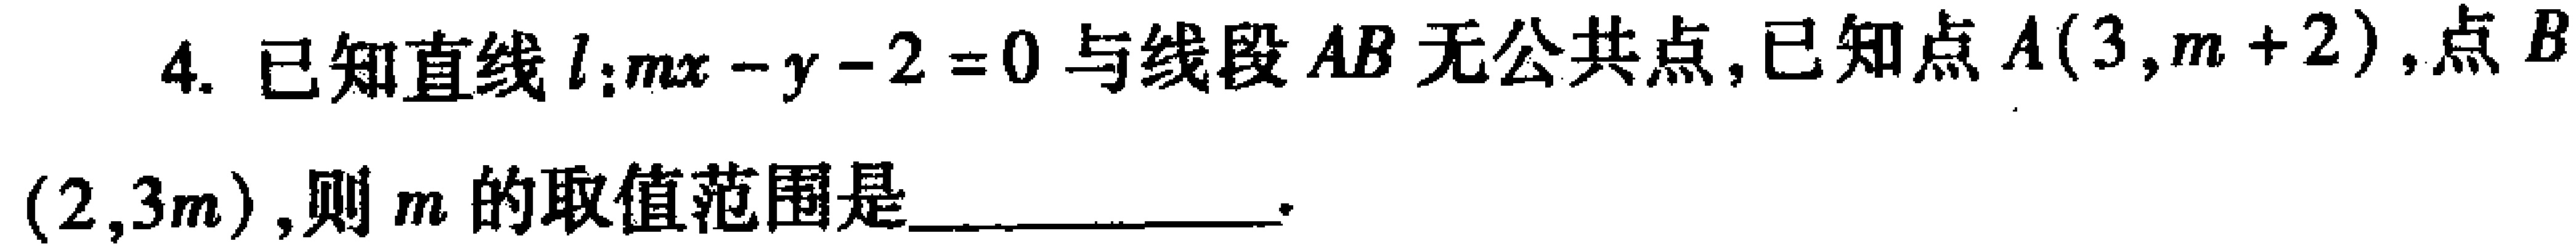
4. 已知直线\(l:mx - y - 2 = 0\)与线段\(AB\)无公共点，已知点\(A(3,m + 2)\)，点\(B(2,3m)\)，则\(m\)的取值范围是_________________.